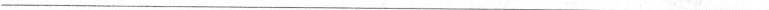
___